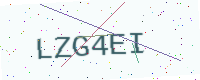
Text: LZG4EI